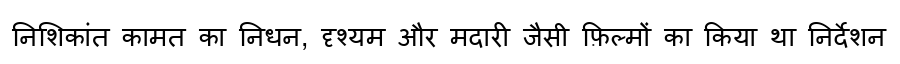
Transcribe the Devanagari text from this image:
निशिकांत कामत का निधन, दृश्यम और मदारी जैसी फ़िल्मों का किया था निर्देशन